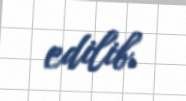
edilib.